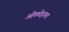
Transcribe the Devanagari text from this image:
ओकोहामा